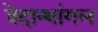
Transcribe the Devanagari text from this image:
वेदान्थांगल